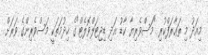
މިއަދު މި ތަޢާރަފްކުރި "މަސްވެރިޔާ ކާޑު އަދި ޑިޖިޓަލްވޮލެޓް"ގެ ޚިދުމަތަކީ މަސްވެރިންގެ ވަރަށް